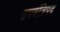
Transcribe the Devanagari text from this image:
उपमंत्रिपद